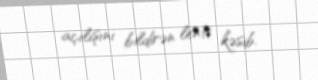
açılışını bildirən lenti kəsib.